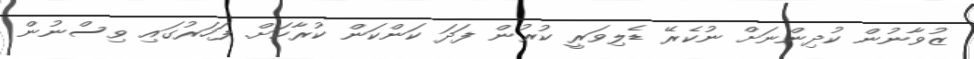
ޒުވާނުން ކުދިންނަށް ނުކެރޭ ޑެލިވަރީ ކުރުން ފަދަ ކަންކަން ކުރާކަށް. ފަހަރުގައި ވިސްނުން